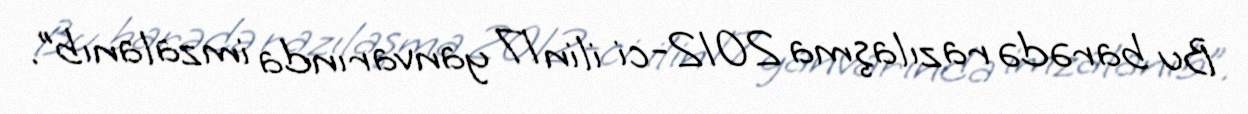
Bu barədə razılaşma 2012-ci ilin 17 yanvarında imzalanıb”.